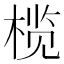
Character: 榄